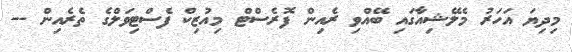
މިދިޔަ އަހަރު މެލޭޝިއާގައި ބޭއްވި ރެއިން ފޮރެސްޓް މިއުޒިކް ފެސްޓިވަލްގެ ތެރެއިން --